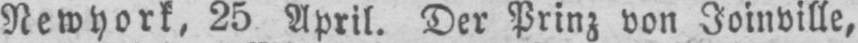
Newyork, 25 April. Der Prinz von Joinville,